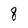
Character: 8